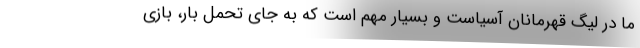
ما در لیگ قهرمانان آسیاست و بسیار مهم است که به جای تحمل بار، بازی